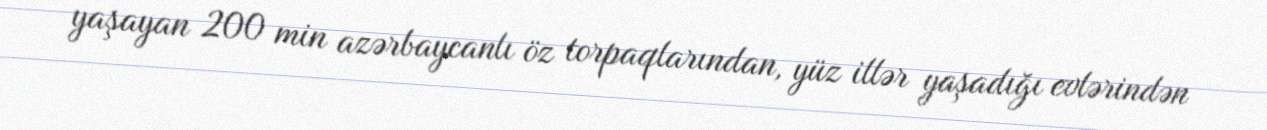
yaşayan 200 min azərbaycanlı öz torpaqlarından, yüz illər yaşadığı evlərindən